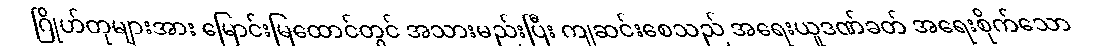
ဂြိုဟ်တုများအား မြောင်းမြထောင်တွင် အသားမည်းပြီး ကျဆင်းစေသည် အရေးယူဒဏ်ခတ် အရေးစိုက်သော